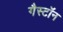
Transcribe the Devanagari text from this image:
गैस्टॉन